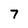
Character: 7